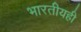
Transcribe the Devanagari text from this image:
भारतीयही